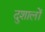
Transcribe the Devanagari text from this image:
दुशालों